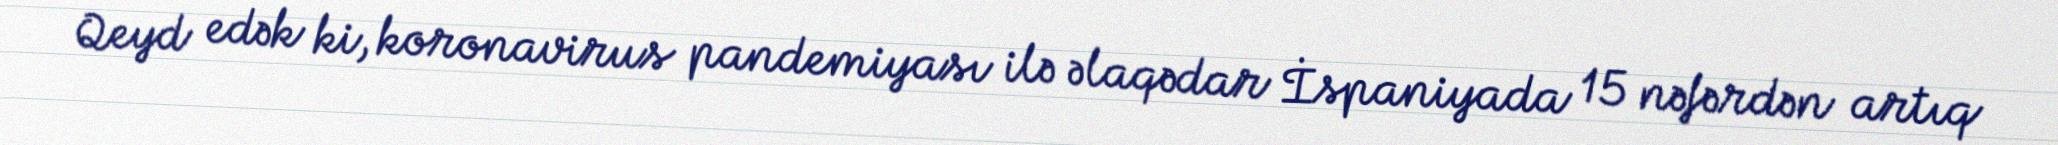
Qeyd edək ki, koronavirus pandemiyası ilə əlaqədar İspaniyada 15 nəfərdən artıq